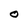
Character: O